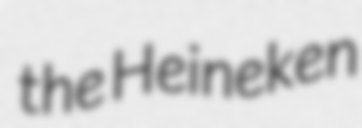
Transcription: the Heineken